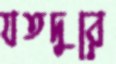
যতদুরে